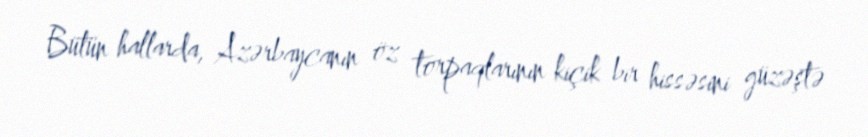
Bütün hallarda, Azərbaycanın öz torpaqlarının kiçik bir hissəsini güzəştə